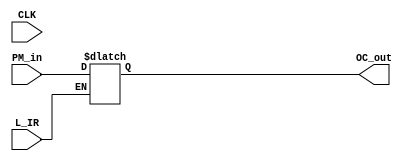
`timescale 1ns / 1ps

module InstructionRegister(
    input             CLK,
    input             L_IR,
    input       [7:0] PM_in,
    output reg  [7:0] OC_out
    );
    
    initial     OC_out = 8'h00;

    always @(*)
    begin
        if(L_IR)
            OC_out = PM_in;
    end
endmodule